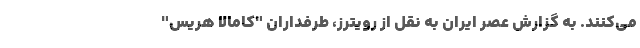
می‌کنند. به گزارش عصر ایران به نقل از رویترز، طرفداران "کامالا هریس"